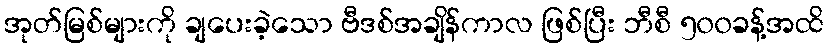
အုတ်မြစ်များကို ချပေးခဲ့သော ဗီဒစ်အချိန်ကာလ ဖြစ်ပြီး ဘီစီ ၅၀၀ခန့်အထိ